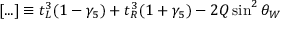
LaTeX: [ . . . ] \equiv t _ { L } ^ { 3 } ( 1 - \gamma _ { 5 } ) + t _ { R } ^ { 3 } ( 1 + \gamma _ { 5 } ) - 2 Q \sin ^ { 2 } \theta _ { W }